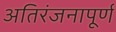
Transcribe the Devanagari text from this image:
अतिरंजनापूर्ण